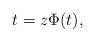
\begin{align*}t=z \Phi(t),\end{align*}